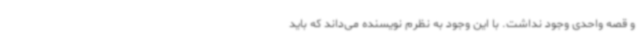
و قصه واحدی وجود نداشت. با این وجود به نظرم‌ نویسنده می‌داند که باید